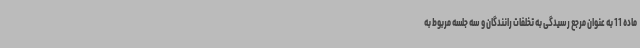
ماده 11 به عنوان مرجع رسیدگی به تخلفات رانندگان و سه جلسه مربوط به